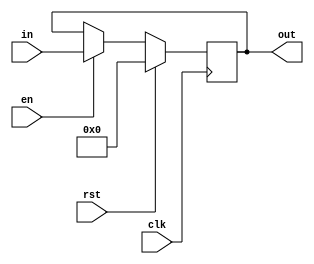
module latch_ (clk, rst, en, in, out);

	input clk, rst, en;
	input [31:0] in;
	output reg [31:0] out;
	
	always @(posedge clk) begin
		if (rst) 
		out <= 0;
		else if (en)
		out <= in;
	end
endmodule